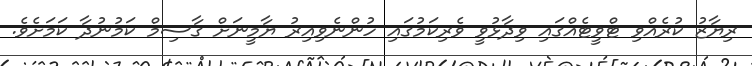
ރިޔާޒު ކުރެއްވި ޓްވީޓެއްގައި ވިދާޅުވީ ވެރިކަމުގައި ހުންނެވިއިރު ޔާމީނަށް ގާސިމް ކަމުނުދާ ކަމަށެވެ.